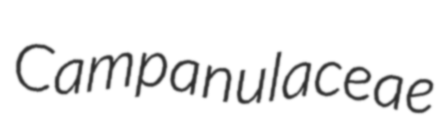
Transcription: Campanulaceae